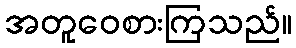
အတူဝေစားကြသည်။